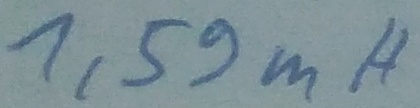
Text: 1,59mH